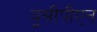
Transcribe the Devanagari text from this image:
यूसीपीएन